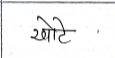
मजकूर: खोटे